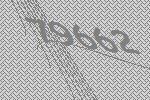
79662